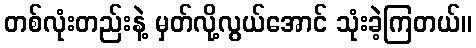
တစ်လုံးတည်းနဲ့ မှတ်လို့လွယ်အောင် သုံးခဲ့ကြတယ်။